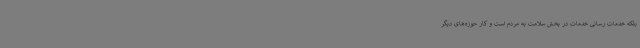
بلکه خدمات رسانی خدمات در بخش سلامت به مردم است و کار حوزه‌های دیگر